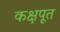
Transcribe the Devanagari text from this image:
कक्षपूत